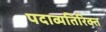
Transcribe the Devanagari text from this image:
पदाव्यतिरिक्त